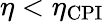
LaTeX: \eta<\eta_{\mathrm{CPI}}